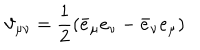
\vartheta _ { \mu \nu } = \frac { 1 } { 2 } \left( \bar { e } _ { \mu } e _ { \nu } - \bar { e } _ { \nu } e _ { \mu } \right)